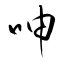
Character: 呻